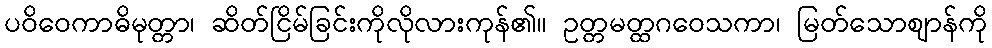
ပဝိဝေကာဓိမုတ္တာ၊ ဆိတ်ငြိမ်ခြင်းကိုလိုလားကုန်၏။ ဥတ္တမတ္ထဂဝေသကာ၊ မြတ်သောဈာန်ကို